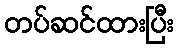
တပ်ဆင်ထားပြီး